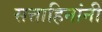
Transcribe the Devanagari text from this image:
सत्ताहिनांनी